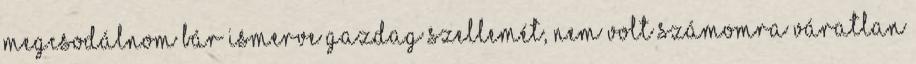
megcsodálnom bár ismerve gazdag szellemét, nem volt számomra váratlan